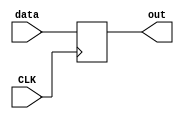
module DataBuffer(
    input CLK,
    input [31:0] data,
    output reg[31:0] out
    );
    initial begin
        out = 0;
    end
    always@(negedge CLK) begin
        out <= data;
    end
endmodule